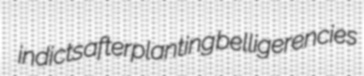
indicts afterplanting belligerencies